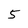
Character: 5